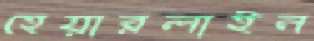
হেয়ারলাইন